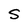
Character: s